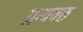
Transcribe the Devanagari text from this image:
प्रत्यक्छ